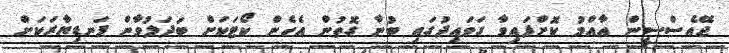
ޖޭއެސްސީން އާއްމު ކޮށްފައިވާ ގަވައިދުގައި ބުނާ ގޮތުން އެހެން ކޯޓަކަށް ބަދަލުވާން ފަނޑިޔާރަކަށް